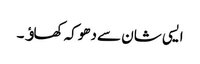
ایسی شان سے دھوکہ کھاﺅ۔